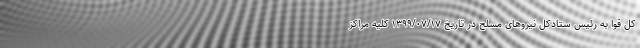
کل قوا به رئیس ستادکل نیروهای مسلح در تاریخ ۱۳۹۹/۰۷/۱۷ کلیه مراکز